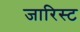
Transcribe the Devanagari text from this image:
जारिस्ट